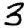
Digit: 3